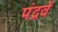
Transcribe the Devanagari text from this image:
पंद्रवें